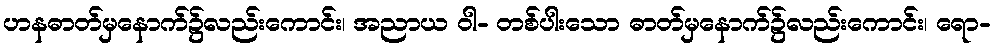
ဟနဓာတ်မှနောက်၌လည်းကောင်း၊ အညာယ ဝါ- တစ်ပါးသော ဓာတ်မှနောက်၌လည်းကောင်း၊ ရော-